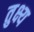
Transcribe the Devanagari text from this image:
तुक्ष्य